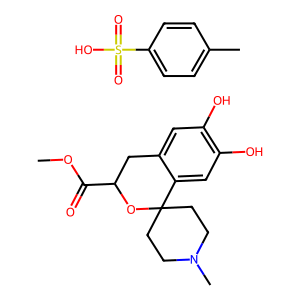
SMILES: COC(=O)C1Cc2cc(O)c(O)cc2C2(CCN(C)CC2)O1.Cc1ccc(S(=O)(=O)O)cc1
Inhibits HIV replication: Yes